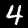
Label: 4